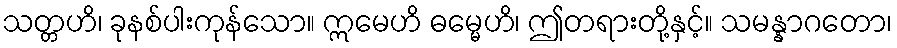
သတ္တဟိ၊ ခုနစ်ပါးကုန်သော။ ဣမေဟိ ဓမ္မေဟိ၊ ဤတရားတို့နှင့်။ သမန္နာဂတော၊